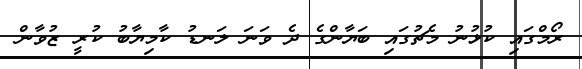
ރޯމްގައި ކުޅުނު މެޗުގައި ބަޔާންގެ ދެ ވަނަ ލަނޑު ކާމިޔާބު ކުރީ ޒުވާން